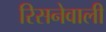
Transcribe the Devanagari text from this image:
रिसनेवाली